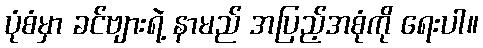
ပုံစံမှာ ခင်ဗျားရဲ့ နာမည် အပြည့်အစုံကို ရေးပါ။